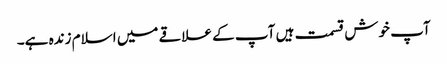
آپ خوش قسمت ہیں آپ کے علاقے میں اسلام زندہ ہے۔